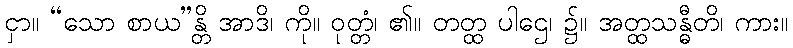
ငှာ။ “သော စာယ”န္တိ အာဒိ၊ ကို။ ဝုတ္တံ၊ ၏။ တတ္ထ ပါဌေ၊ ၌။ အတ္ထသန္ဓီတိ၊ ကား။